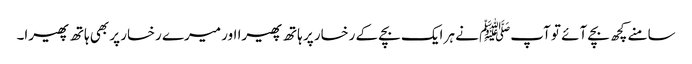
سامنے کچھ بچے آئے تو آپﷺ نے ہر ایک بچے کے رخسار پر ہاتھ پھیرا اور میرے رخسار پر بھی ہاتھ پھیرا۔